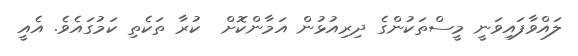
ލައްވާފައިވަނީ މީސްތަކުންގެ ދިރިއުޅުން އަމާންކޮށް  ކުރާ ތަކެތި ކަމުގައެވެ. އެއީ